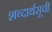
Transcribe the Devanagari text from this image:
शब्दार्थसूची